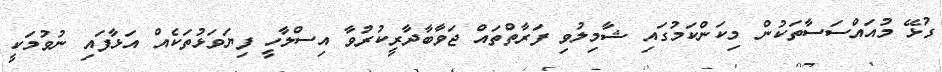
ގުޅޭ މުއައްސަސާތަކުން މިކަންކަމުގައި ޝާމިލުވި ފަރާތްތައް ޖަވާބާދާރީކުރުވާ އިސްލާހީ ފިޔަވަޅުތަކެއް އަޅާފައި ނުވުމަކީ